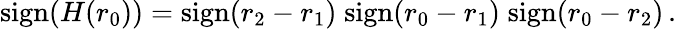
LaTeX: \mathrm{sign}(H(r_{0}))=\mathrm{sign}(r_{2}-r_{1})\; \mathrm{sign}(r_{0}-r_{1})\; \mathrm{sign}(r_{0}-r_{2})\, .